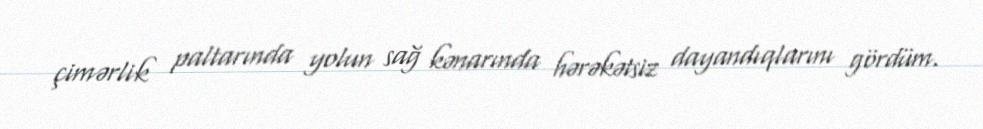
çimərlik paltarında yolun sağ kənarında hərəkətsiz dayandıqlarını gördüm.